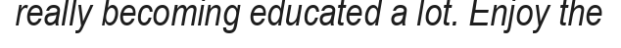
really becoming educated a lot. Enjoy the